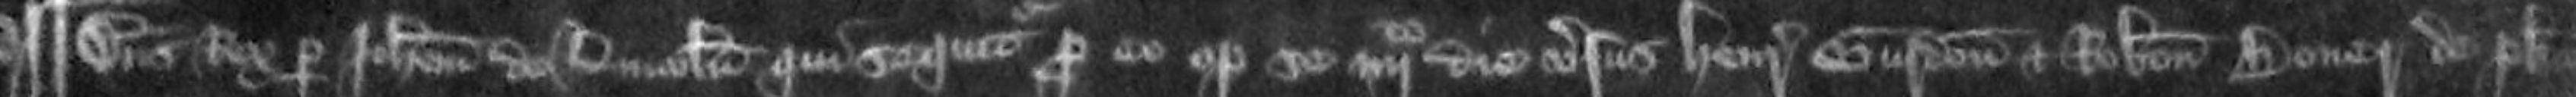
¶ Dominus Rex per Johannem de Lincoln qui sequitur pro eo optulit se quarto die versus Henricus Gurdon et Robertus Boner de placito